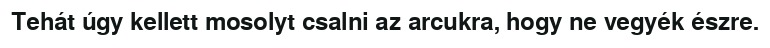
Tehát úgy kellett mosolyt csalni az arcukra, hogy ne vegyék észre.